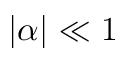
\left| \alpha \right| \ll 1